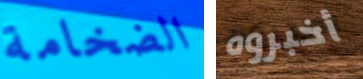
الضخامة أخبروه